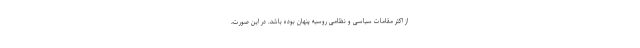
از اکثر مقامات سیاسی و نظامی روسیه پنهان بوده باشد. در این صورت،